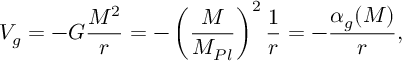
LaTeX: V _ { g } = - G \frac { M ^ { 2 } } { r } = - \left( \frac { M } { M _ { P l } } \right) ^ { 2 } \frac { 1 } { r } = - \frac { \alpha _ { g } ( M ) } { r } ,